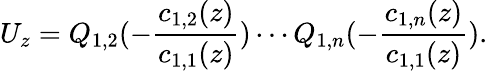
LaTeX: U_{z}=Q_{1,2}(-\frac{c_{1,2}(z)}{c_{1,1}(z)})\cdots Q_{1,n}(-\frac{c_{1,n}(z)}{c_{1,1}(z)}).